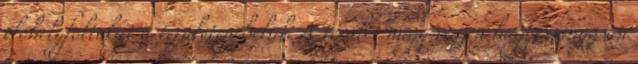
élőhelyfoltokat a területen belül. A terület nagy részén hagyományosan